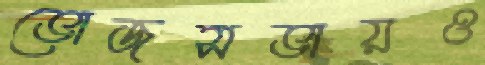
ভোজসভায়ও